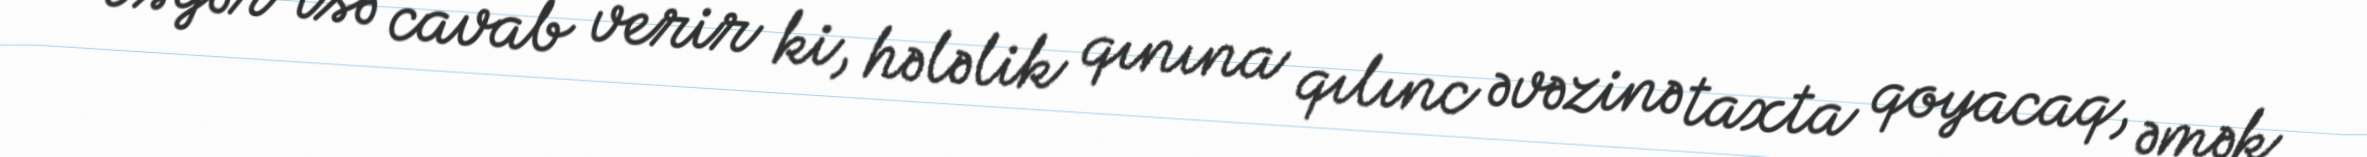
Əsgər isə cavab verir ki, hələlik qınına qılınc əvəzinə taxta qoyacaq, əmək